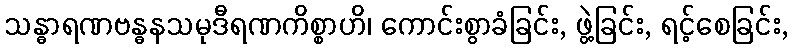
သန္ဓာရဏဗန္ဓနသမုဒီရဏကိစ္စာဟိ၊ ကောင်းစွာခံခြင်း, ဖွဲ့ခြင်း, ရင့်စေခြင်း,